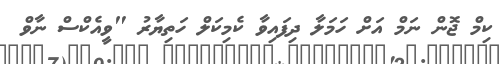
ކިމް ޖޮން ނަމް އަށް ހަމަލާ ދިފައިވާ ކެމިކަލް ހަތިޔާރު "ވީއެކްސް ނާވް